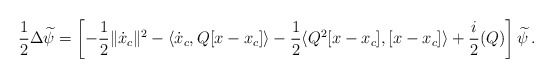
\begin{align*} \frac{1}{2} \Delta \widetilde{\psi} =\left[-\frac{1}{2} \|\dot{x}_c\|^2 - \langle \dot{x}_c , Q [x-x_c]\rangle - \frac{1}{2}\langle Q^2 [x-x_c],[x-x_c]\rangle + \frac{i}{2} (Q)\right] \widetilde{\psi}\,.\end{align*}